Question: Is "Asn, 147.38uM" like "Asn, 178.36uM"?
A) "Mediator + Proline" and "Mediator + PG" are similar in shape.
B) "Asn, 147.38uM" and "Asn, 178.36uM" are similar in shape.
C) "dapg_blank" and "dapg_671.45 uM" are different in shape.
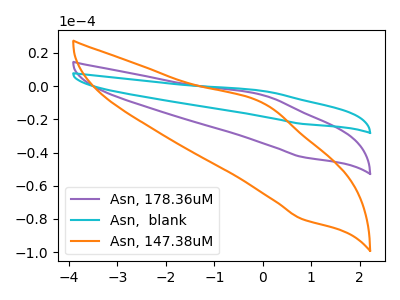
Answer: <think>The purple curve "Asn, 178.36uM" has an anodic peak at (0.00V, -5.55uA) and a cathodic peak at (0.80V, -42.65uA). The cyan curve "Asn,  blank" has an anodic peak at (0.00V, -11.05uA) and a cathodic peak at (0.80V, -85.25uA). The orange curve "Asn, 147.38uM" has an anodic peak at (0.00V, -10.35uA) and a cathodic peak at (0.80V, -80.00uA).
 All the peaks in "Asn, 147.38uM" have a peak in "Asn, 178.36uM" at the same potential.</think>
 <answer>B) "Asn, 147.38uM" and "Asn, 178.36uM" are similar in shape.</answer>
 <eval>B</eval>